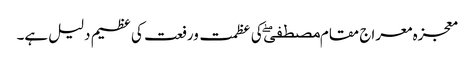
معجزہ معراج مقام مصطفیۖ کی عظمت ورفعت کی عظیم دلیل ہے۔